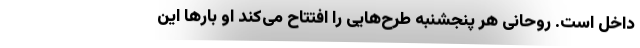
داخل است. روحانی هر پنجشنبه طرح‌هایی را افتتاح می‌کند او بارها این